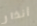
أنذار